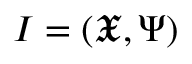
\boldsymbol { I } = ( \boldsymbol { \mathfrak { X } } , \boldsymbol { \Psi } )